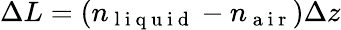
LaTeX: \Delta L=(n_{\mathrm{~l~i~q~u~i~d~}}-n_{\mathrm{~a~i~r~}})\Delta z